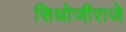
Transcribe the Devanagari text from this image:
सिधोजीराजे